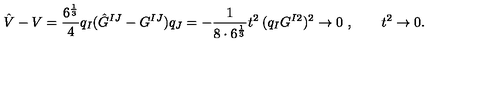
\hat { V } - V = \frac { 6 ^ { \frac { 1 } { 3 } } } { 4 } q _ { I } ( \hat { G } ^ { I J } - G ^ { I J } ) q _ { J } = - \frac { 1 } { 8 \cdot 6 ^ { \frac { 1 } { 3 } } } t ^ { 2 } \: ( q _ { I } G ^ { I 2 } ) ^ { 2 } \rightarrow 0 \ , \qquad t ^ { 2 } \rightarrow 0 .